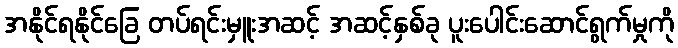
အနိုင်ရနိုင်ခြေ တပ်ရင်းမှူးအဆင့် အဆင့်နှစ်ခု ပူးပေါင်းဆောင်ရွက်မှုကို